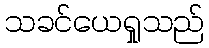
သခင်ယေရှုသည်